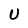
Character: U